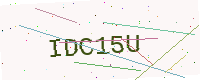
Text: IDC15U